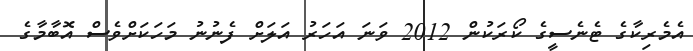
އެމެރިކާގެ ޓެނެސީގެ ކޯރަކުން 2012 ވަނަ އަހަރު އަލަށް ފެނުނު މަހަކަށްވެސް އޮބާމާގެ